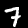
Label: 7